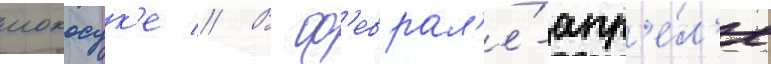
иокосук'е // В ф'еврал'е́-апр'е́л'е